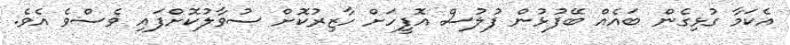
އެކަމާ ގުޅިގެން ބައެއް ބޭފުޅުން ފުލުސް އޮފީހަށް ހާޒިރުކޮށް ސުވާލުކޮށްފައި ވެސްވެ އެވެ.